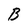
Character: B